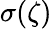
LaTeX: \sigma(\zeta)